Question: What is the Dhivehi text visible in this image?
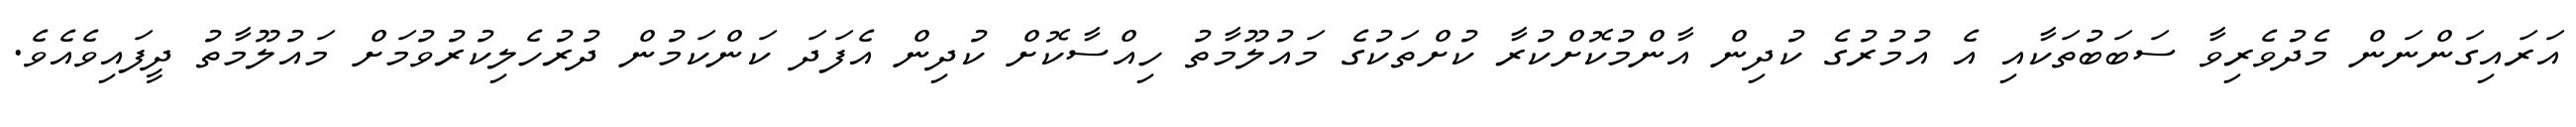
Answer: އަރައިގަންނަން މެދުވެރިވާ ސަބަބުތަކާއި އެ އުމުރުގެ ކުދިން އާންމުކޮށްކުރާ ކުށްތަކުގެ މައުލޫމާތު ހިއްސާކޮށް ކުދިން އެފަދަ ކަންކަމުން ދުރުހެލިކުރުވުމަށް މައުލޫމާތު ދީފައިވެއެވެ.